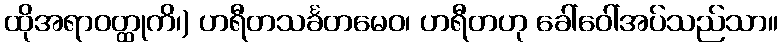
ထိုအရာဝတ္ထုကိ၊) ဟရီတသင်္ခတမေဝ၊ ဟရီတဟု ခေါ်ဝေါ်အပ်သည်သာ။